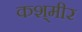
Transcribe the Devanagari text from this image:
कश्‌मीर